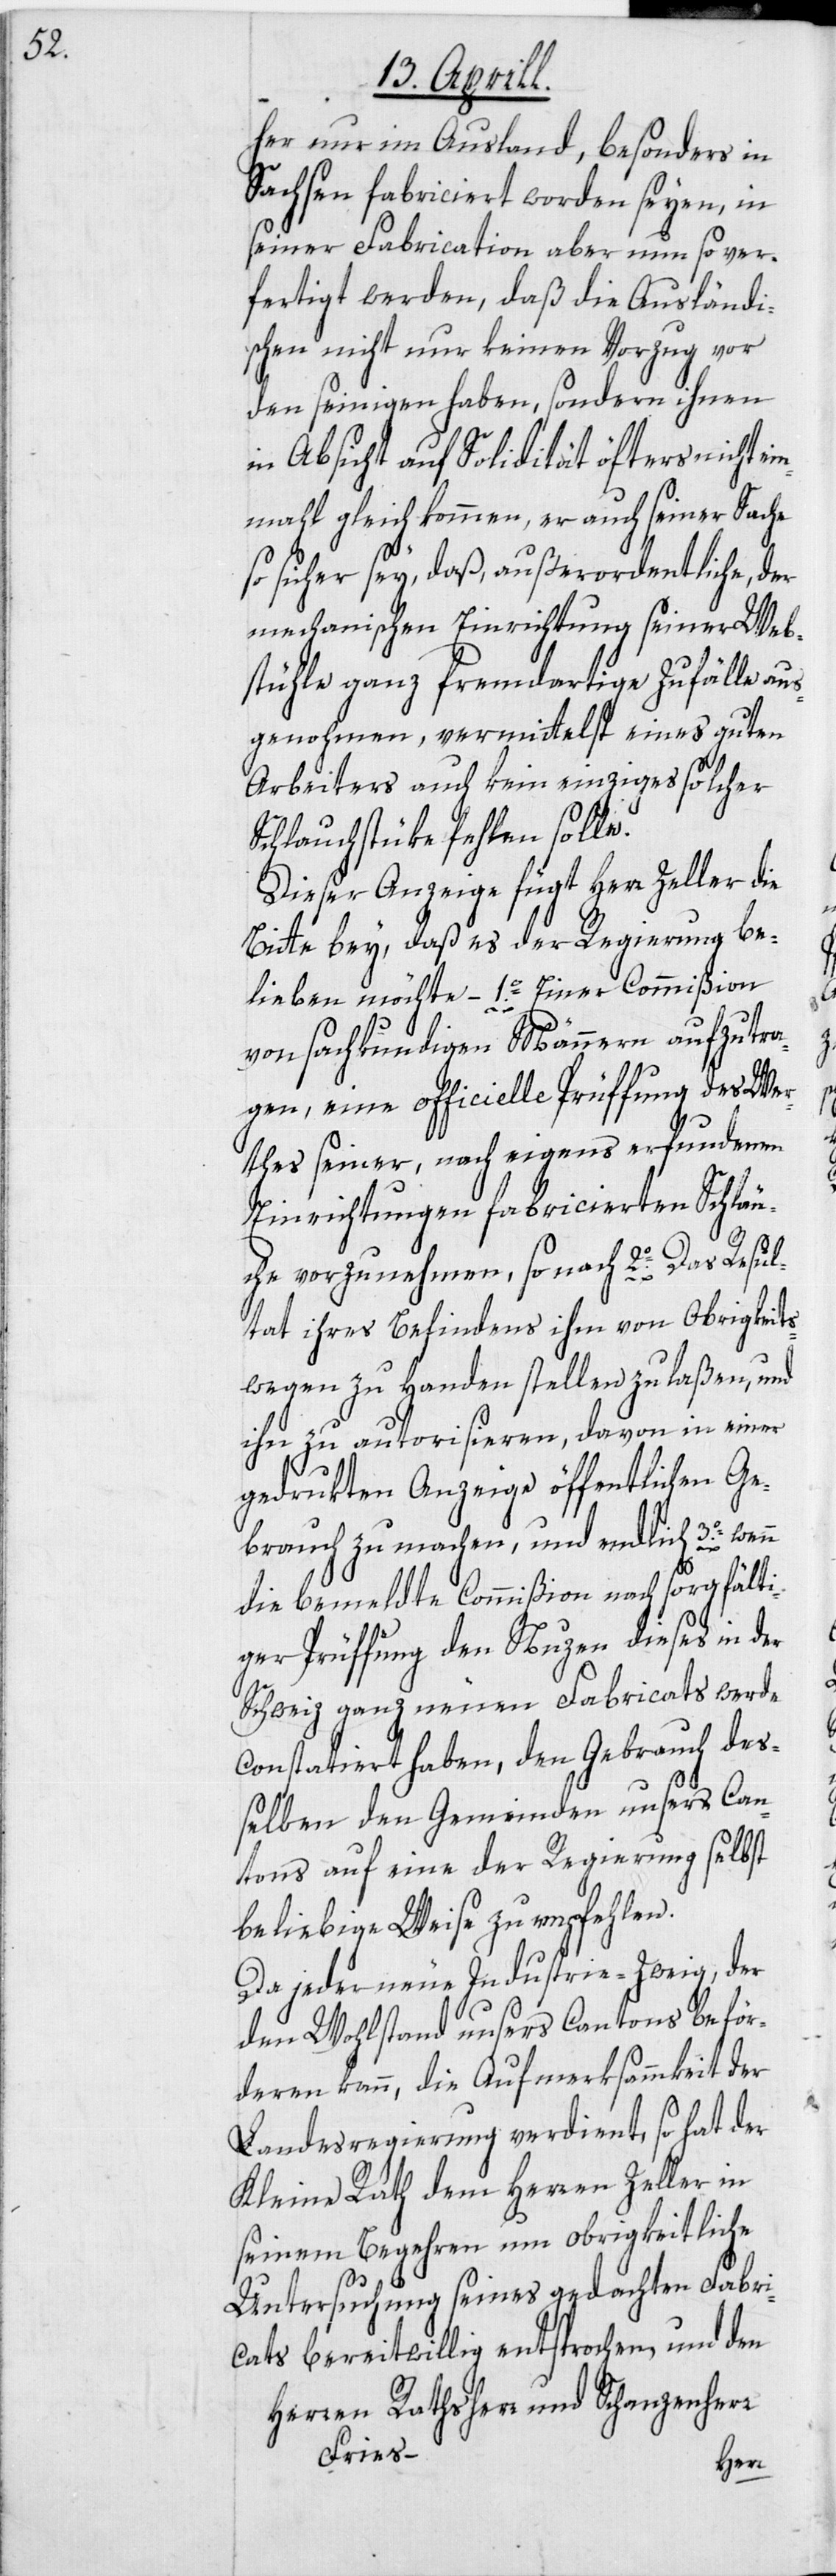
her nur im Ausland, besonders in
Sachsen fabriciert worden seyen, in
seiner Fabrication aber nun so ver¬
fertigt werden, daß die Ausländi¬
schen nicht nur keinen Vorzug vor
den seinigen haben, sondern ihnen
in Absicht auf Solidität öfters nicht e¬
inmahl gleich kommen, er auch seiner Sache
so sicher sey, daß, außerordentliche, der
mechanischen Einrichtung seiner Web¬
stühle ganz fremdartige Zufälle aus¬
genohmen, vermittelst eines guten
Arbeiters auch kein einziges solcher
Schlauchstüke fehlen solle.
Dieser Anzeige fügt Herr Zeller die
Bitte bey, daß es der Regierung be¬
lieben möchte – 1o. Einer Commißion
von sachkundigen Männern aufzutra¬
gen, eine officielle Prüffung des Wer¬
thes seiner, nach eigens erfundenen
Einrichtungen fabricierten Schläu¬
che vorzunehmen, so nach 2o. Das Resul¬
tat ihres Befindens ihm von Obrigkeits¬
wegen zu Handen stellen zu laßen, und
ihn zu autorisieren, davon in einer
gedrukten Anzeige öffentlichen Ge¬
brauch zu machen, und endlich 3o. wenn
die bemeldte Commißion nach sorgfälti¬
ger Prüffung den Nuzen dieses in der
Schweiz ganz neuen Fabricats werde
constatiert haben, den Gebrauch de¬
ßelben den Gemeinden unsers Can¬
tons auf eine der Regierung selbst
beliebige Weise zu empfehlen.
Da jeder neue Industrie-Zweig, der
den Wohlstand unsers Cantons beför¬
deren kann, die Aufmerksammkeit der
Landesregierung verdient, so hat der
Kleine Rath dem Herren Zeller in
seinem Begehren um obrigkeitliche
Untersuchung seines gedachten Fabri¬
cats bereitwillig entsprochen, und den
Herren Rathsherr und Schanzenherr
Fries –